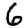
Digit: 6